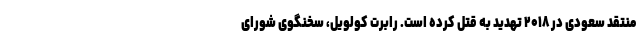
منتقد سعودی در ۲۰۱۸ تهدید به قتل کرده است. رابرت کولویل، سخنگوی شورای